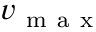
v _ { \mathrm { ~ m ~ a ~ x ~ } }